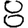
Digit: 8